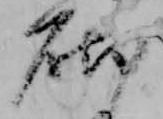
砌